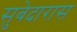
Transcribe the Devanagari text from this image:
सुबेदारास